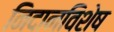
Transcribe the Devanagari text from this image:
निदानविशेष